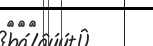
١٠٤